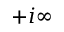
+ i \infty